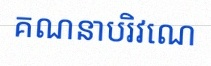
គណនាបរិវេណ